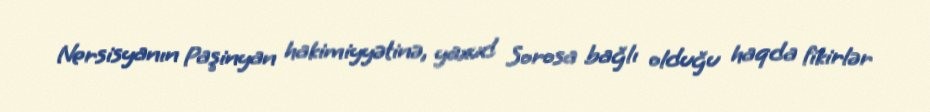
Nersisyanın Paşinyan hakimiyyətinə, yaxud Sorosa bağlı olduğu haqda fikirlər